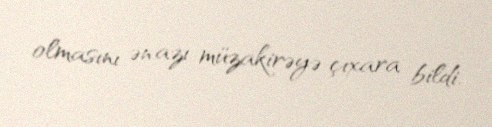
olmasını ən azı müzakirəyə çıxara bildi.